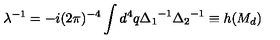
\lambda ^ { - 1 } = - i ( 2 \pi ) ^ { - 4 } \int d ^ { 4 } q { \Delta _ { 1 } } ^ { - 1 } { \Delta _ { 2 } } ^ { - 1 } \equiv h ( M _ { d } )